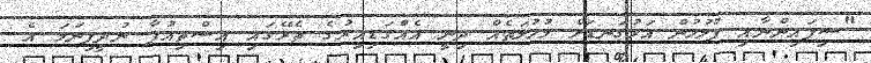
"ސިފައިންނާއި ފުލުހުން އަޅުގަނޑަށް މުހުލަތެއް ދިނީ އެއްގަޑިއިރުގެ ތެރޭގައި އިސްތިއުފާ ނުދީފިނަމަ އެ